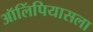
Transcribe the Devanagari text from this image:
ऑलिंपियासला